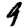
Digit: 9